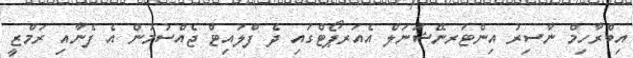
އިބްރާހިމް ނާސިރު އިންޓަރނޭޝަނަލް އެއަރޕޯޓްގައި ދެ ފްލައިޓް ޖެއްސުމުން އެ ފެނާއި ރަމްޒީ